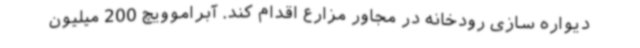
دیواره سازی رودخانه در مجاور مزارع اقدام کند. آبراموویچ 200 میلیون